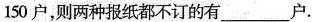
150户，则两种报纸都不订的有___户.